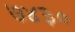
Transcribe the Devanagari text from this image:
७४३०